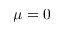
\mu = 0